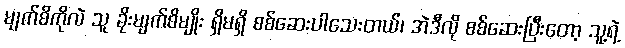
မျက်စိကိုလဲ သူ ခိုးမျက်စိမျိုး ရှိမရှိ စစ်ဆေးပါသေးတယ်၊ အဲဒီလို စစ်ဆေးပြီးတော့ သူ့ရဲ့